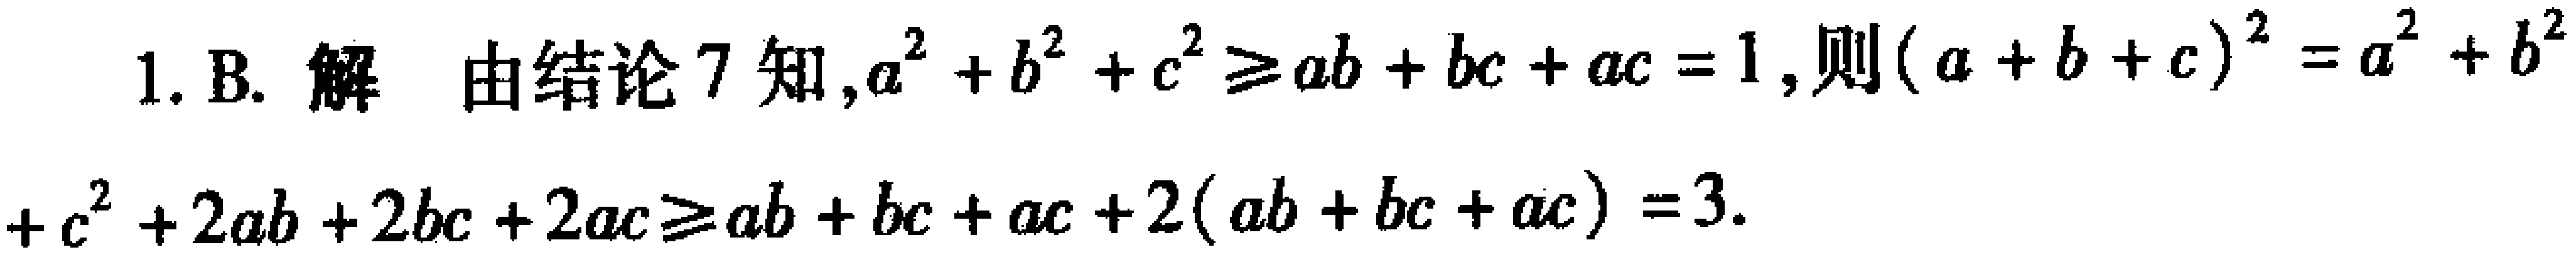
1. B. 解 由结论7知,$a^{2}+b^{2}+c^{2}\geq ab + bc + ac = 1$,则$(a + b + c)^{2}=a^{2}+b^{2}+c^{2}+2ab + 2bc + 2ac\geq ab + bc + ac + 2(ab + bc + ac)=3$.